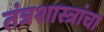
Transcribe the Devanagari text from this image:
तंत्रशास्त्रांचा